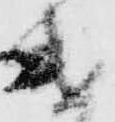
遣